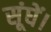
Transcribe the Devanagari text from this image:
सूंघें।